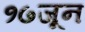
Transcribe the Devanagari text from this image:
१७जून